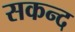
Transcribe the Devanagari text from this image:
सकन्द